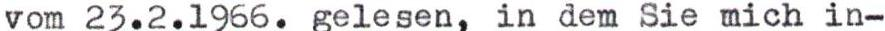
vom 23.2.1966. gelesen, in dem Sie mich in-